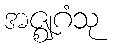
အဇ္ဈဂံသု